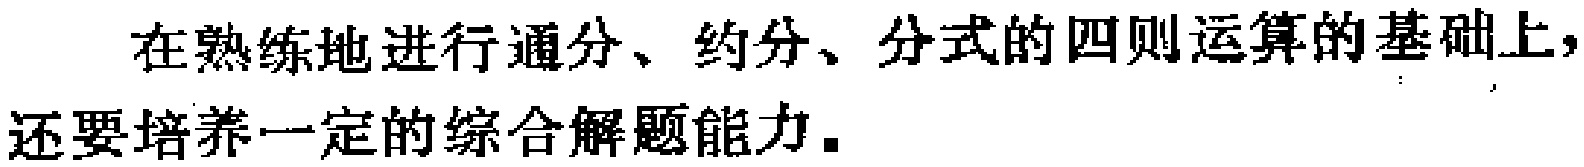
在熟练地进行通分、约分、分式的四则运算的基础上，还要培养一定的综合解题能力.